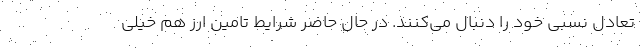
تعادل نسبی خود را دنبال می‌کنند. در حال حاضر شرایط تامین ارز هم خیلی